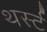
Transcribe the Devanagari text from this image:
थर्स्ट